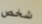
شخص